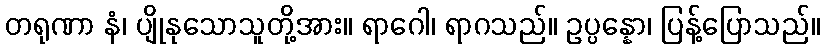
တရုဏာ နံ၊ ပျိုနုသောသူတို့အား။ ရာဂေါ၊ ရာဂသည်။ ဥပ္ပန္နော၊ ပြန့်ပြောသည်။